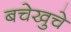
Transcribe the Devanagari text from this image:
बचेखुचे